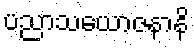
ပညာသယောဇနာနိ